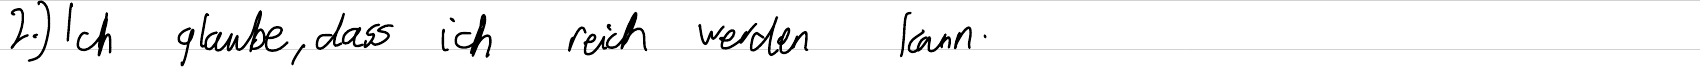
2.) Ich glaube, dass ich reich werden kann.